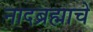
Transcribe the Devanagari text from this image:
नादब्रह्माचे